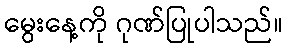
မွေးနေ့ကို ဂုဏ်ပြုပါသည်။